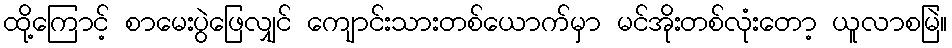
ထို့ကြောင့် စာမေးပွဲဖြေလျှင် ကျောင်းသားတစ်ယောက်မှာ မင်အိုးတစ်လုံးတော့ ယူလာစမြဲ။